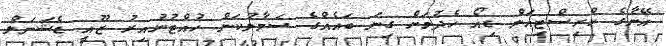
އޭނާގެ ކްރިސްޓިއަން ޑިއޯ ހެދުމަށް ގިނަ ބައެއްގެ ސަމާލުކަން ހުއްޓުނުއިރު ޒޫއީ ޑެޝަނަލް